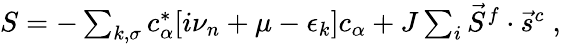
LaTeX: \begin{array}{r}{S=-\sum_{k,\sigma}c_{\alpha}^{*}[i\nu_{n}+\mu-\epsilon_{k}]c_{\alpha}+J\sum_{i}\vec{S}^{f}\cdot\vec{s}^{c}\; ,}\end{array}